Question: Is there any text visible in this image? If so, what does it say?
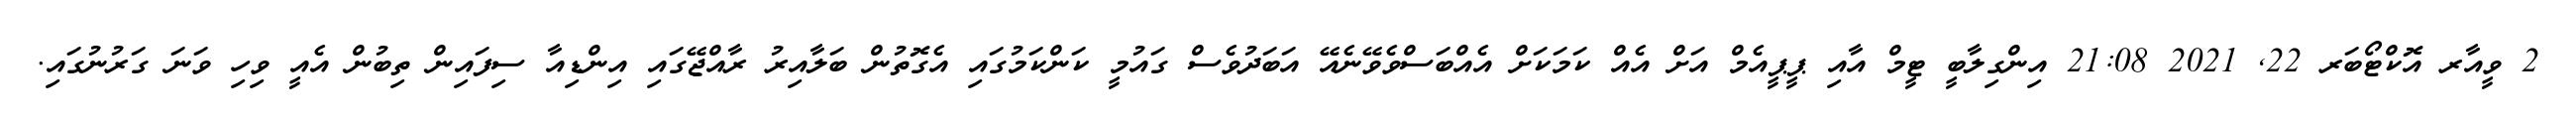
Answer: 2 ވީއާރ އޮކްޓޯބަރ 22, 2021 21:08 އިންގިލާބީ ޓީމް އާއި ޕީޕީއެމް އަށް އެއް ކަމަކަށް އެއްބަސްވެވޭނެއޭ އަބަދުވެސް ގައުމީ ކަންކަމުގައި އެގޮތުން ބަލާއިރު ރާއްޖޭގައި އިންޑިއާ ސިފައިން ތިބުން އެއީ ވިހި ވަނަ ގަރުނުގައި.